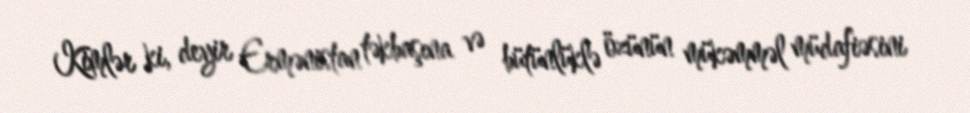
Kimlər ki, deyir Ermənistan təkbaşına və bütünlüklə özünün mükəmməl müdafiəsini